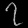
Digit: ၇